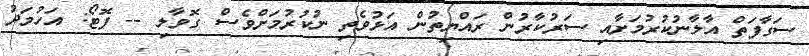
ސަގާފަތް އާލާނުކުރުމަށާއި ސަރުކާރުން ރައްޔިތުން އަޅުވެތި ނުކުރުމަށްވެސް ގޮވާލި -- ފޮޓޯ: އަހުމަދު